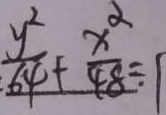
\frac { y ^ { 2 } } { 6 4 } + \frac { x ^ { 2 } } { 4 8 } = 1